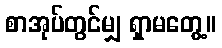
စာအုပ်တွင်မျှ ရှာမတွေ့။